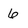
Character: 6